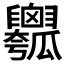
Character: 𤬣